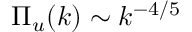
\Pi _ { u } ( k ) \sim k ^ { - 4 / 5 }